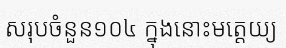
សរុបចំនួន១០៤ ក្នុងនោះមត្តេយ្យ